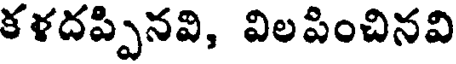
కళదప్పినవి, విలపించినవి